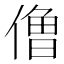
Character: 𰂬